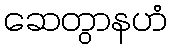
ဆေတွာနဟံ